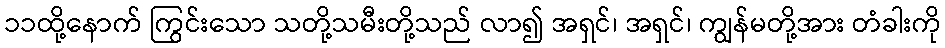
၁၁ထို့နောက် ကြွင်းသော သတို့သမီးတို့သည် လာ၍ အရှင်၊ အရှင်၊ ကျွန်မတို့အား တံခါးကို